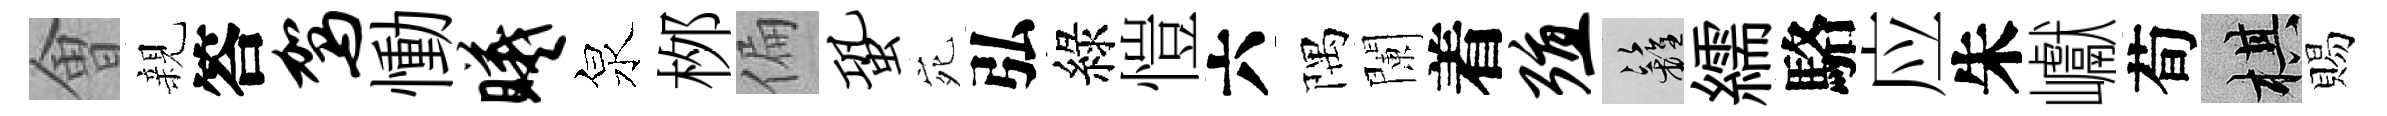
㑹親答驾慟曦泉桞偏蛩宛弘綠愷六隅闌着殖籬繻駱应朱巘荀棋賜